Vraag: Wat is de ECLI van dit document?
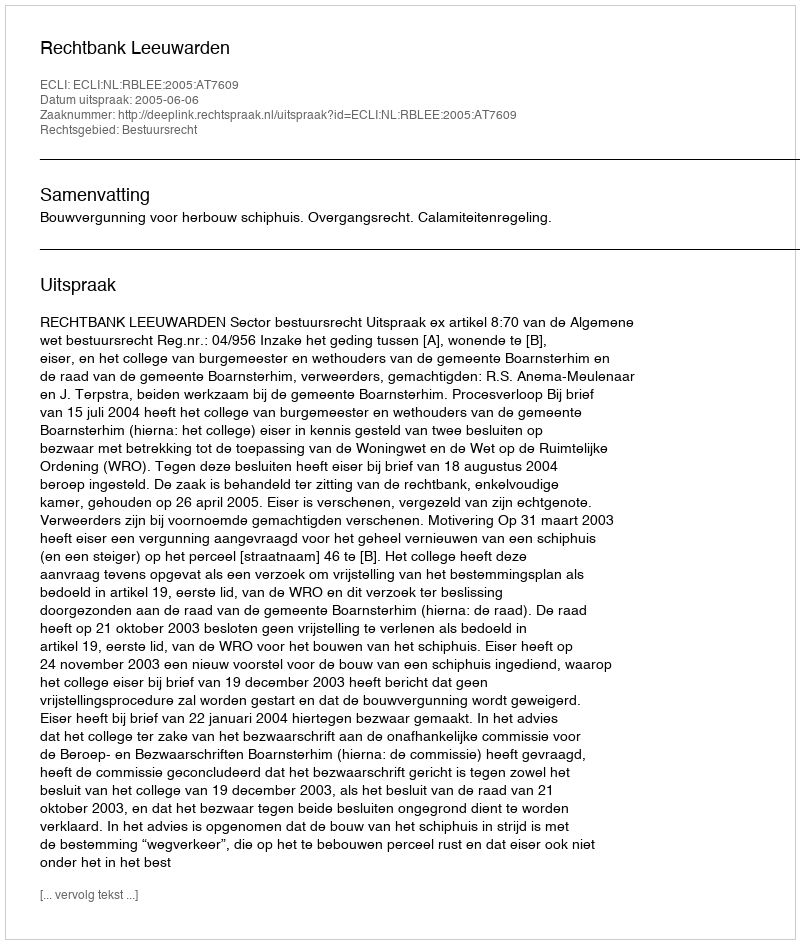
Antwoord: ECLI:NL:RBLEE:2005:AT7609